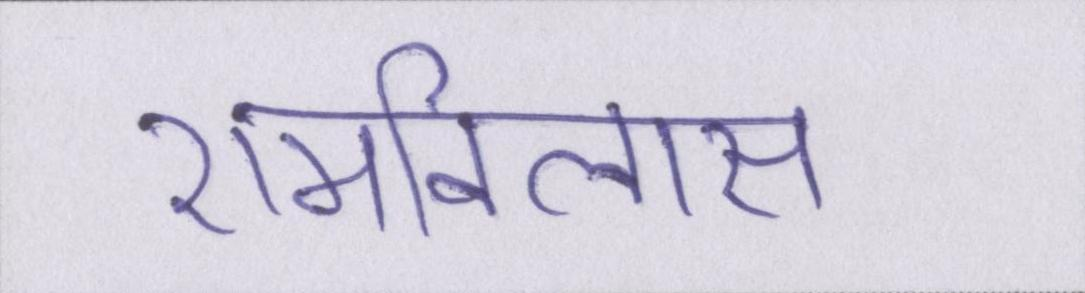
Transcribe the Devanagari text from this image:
रामविलास